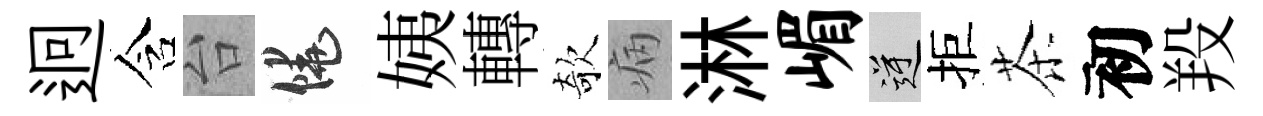
迥含台饒姨轉欹病淋嵋逆拒茶初羖